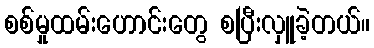
စစ်မှုထမ်းဟောင်းတွေ စပြီးလှူခဲ့တယ်။